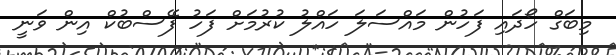
މިބަގް ހޯދައި ފަހުން މައްސަލަ ހައްލު ކުރުމަށް ފަހު ފޭސްބުކް އިން ވަނީ